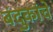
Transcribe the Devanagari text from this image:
बंदुकांचे